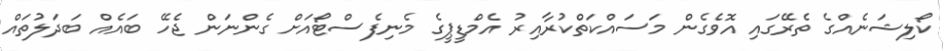
ކޯލިޝަނެއްގެ ތެރޭގައި އޮވެގެން މަސައްކަތްކުރާއިރު އެމްޑީޕީގެ މެނިފެސްޓޯއަށް ގެންނަން ޖެހޭ ބައެއް ބަދަލުތައް